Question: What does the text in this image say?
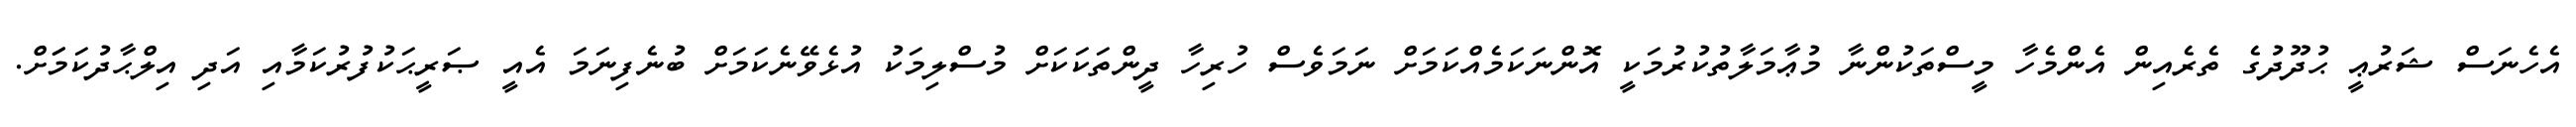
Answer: އެހެނަސް ޝަރުޢީ ޙުދޫދުގެ ތެރެއިން އެންމެހާ މީސްތަކުންނާ މުޢާމަލާތުކުރުމަކީ އޮންނަކަމެއްކަމަށް ނަމަވެސް ހުރިހާ ދީންތަކަކަށް މުސްލިމަކު އުޅެވޭނެކަމަށް ބުނެފިނަމަ އެއީ ޞަރީޙަކުފުރުކަމާއި އަދި އިލްޙާދުކަމަަށް.